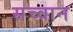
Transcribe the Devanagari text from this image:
सच्वान